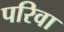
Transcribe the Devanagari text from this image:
परिवा